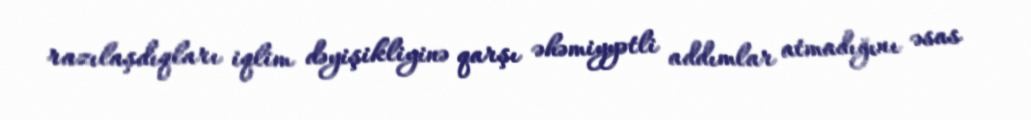
razılaşdıqları iqlim dəyişikliyinə qarşı əhəmiyyətli addımlar atmadığını əsas